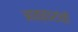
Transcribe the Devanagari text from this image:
आळ्वारांची